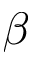
\beta